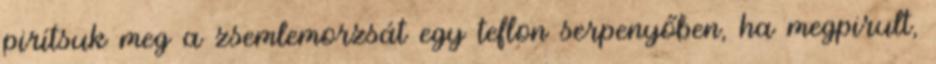
pirítsuk meg a zsemlemorzsát egy teflon serpenyőben, ha megpirult,